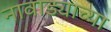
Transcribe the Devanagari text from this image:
नावाड्याच्या